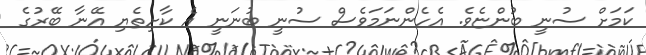
ކަމަށް ސުނީ ބުންޏެވެ. އެހެންނަމަވެސް ސުނީ ބުނަނީ އެ ކާށިތެޔި އޭނާ ބޭރުގެ